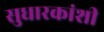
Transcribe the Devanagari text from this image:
सुधारकांशी